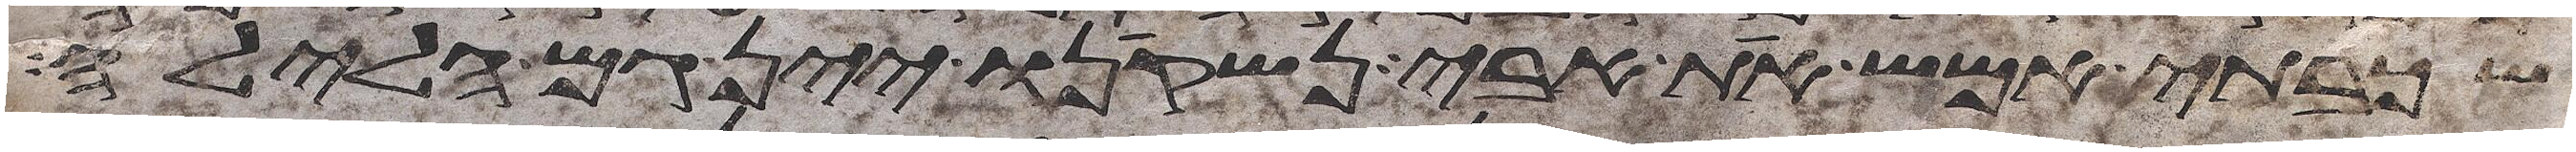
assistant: שכבתי אמש את אבי נשקינו יין גם הלילה